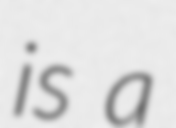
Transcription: is a